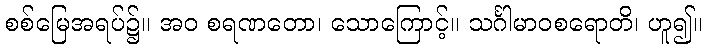
စစ်မြေအရပ်၌။ အဝ စရဏတော၊ သောကြောင့်။ သင်္ဂါမာဝစရောတိ၊ ဟူ၍။